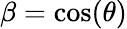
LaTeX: \beta=\cos(\theta)